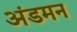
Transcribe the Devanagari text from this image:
अंडमन